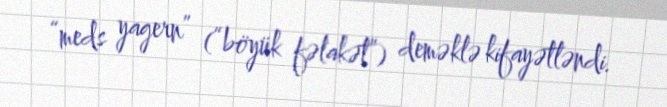
“meds yagern” (“böyük fəlakət”) deməklə kifayətləndi.